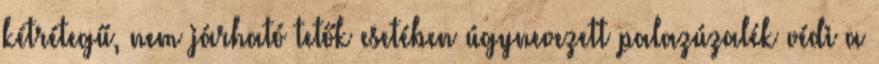
kétrétegű, nem járható tetők esetében úgynevezett palazúzalék védi a